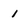
Character: 1